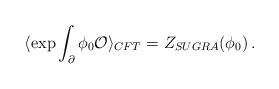
LaTeX: \begin{align*} \langle \exp \int _{\partial} \phi_0 {\cal O} \rangle_{CFT} = Z_{SUGRA} (\phi_0) \, .\end{align*}